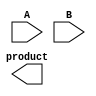
module higher_radix_wallace_tree_multiplier #(parameter N = 8) (
    input [N-1:0] A,
    input [N-1:0] B,
    output [2*N-1:0] product
);

    // Partial product generation for Radix-8 and Radix-16
    wire [2*N-1:0] pp [0:N/3-1]; // Partial products array

    generate
        genvar i;
        for (i = 0; i < N/3; i = i + 1) begin: pp_gen
            // Generate partial products for Radix-8
            if (N == 8) begin
                assign pp[i] = (B[3*i+2] ? {A, 3'b000} : 0) +
                               (B[3*i+1] ? {A, 2'b00} : 0) +
                               (B[3*i]   ? {A, 1'b0}  : 0);
            end
            // Generate partial products for Radix-16
            else if (N == 16) begin
                assign pp[i] = (B[4*i+3] ? {A, 4'b0000} : 0) +
                               (B[4*i+2] ? {A, 3'b000}  : 0) +
                               (B[4*i+1] ? {A, 2'b00}   : 0) +
                               (B[4*i]   ? {A, 1'b0}    : 0);
            end
        end
    endgenerate

    // Wallace Tree Reduction Logic
    wire [2*N-1:0] sum [0:N/3-1]; // Sums after each layer
    wire [2*N-1:0] carry [0:N/3-1]; // Carries after each layer

    // First layer of reduction
    generate
        for (i = 0; i < N/3; i = i + 1) begin: reduction_layer1
            // Use full adders and half adders to reduce partial products
            assign {carry[i], sum[i]} = pp[i] + pp[i+1]; // Simple addition for demonstration
        end
    endgenerate

    // Additional layers of reduction can be added here
    // For simplicity, we will just assume two layers for now
    wire [2*N-1:0] final_sum;
    wire [2*N-1:0] final_carry;

    // Final addition
    assign {final_carry, final_sum} = sum[0] + sum[1]; // Final addition of sums

    // Output the product
    assign product = final_sum + final_carry;

endmodule